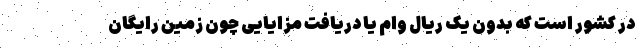
در کشور است که بدون یک ریال وام یا دریافت مزایایی چون زمین رایگان